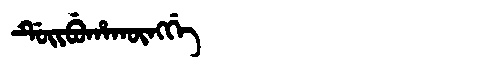
Manchu: ᡩᡠᡳᠪᡠᡥᠠᡴᡡᠩᡤᡝ
Romanization: DUIBUHAKŪNGGE